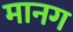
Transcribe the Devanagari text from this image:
मानग